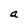
Character: a